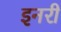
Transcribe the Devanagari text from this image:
इनरी